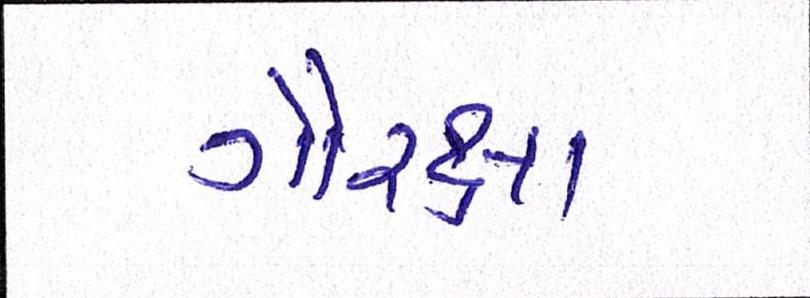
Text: ગૌરક્ષા